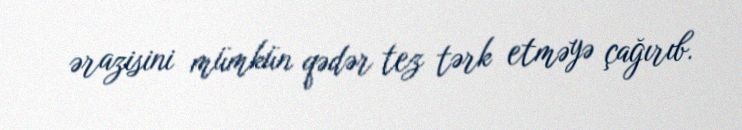
ərazisini mümkün qədər tez tərk etməyə çağırıb.